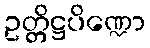
ဥတ္တိဋ္ဌပိဏ္ဍော